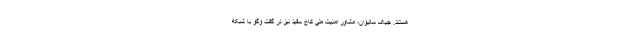
هستند. جیک سالیوان، مشاور امنیت ملی کاخ سفید نیز در گفت وگو با شبکه